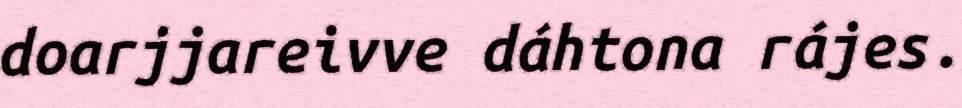
doarjjareivve dáhtona rájes.